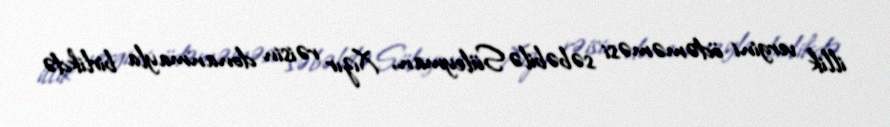
illik vergini ödəməməsi səbəbilə Süleyman, Xızır rəisin donanmayla birlikdə